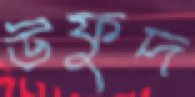
উফুদ